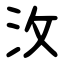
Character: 㳊